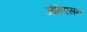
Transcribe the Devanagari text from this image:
जेमिएसन